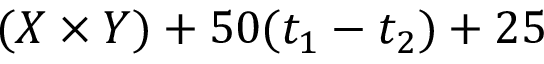
( X \times Y ) + 5 0 ( t _ { 1 } - t _ { 2 } ) + 2 5